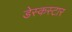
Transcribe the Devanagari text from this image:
डेस्कस्टार